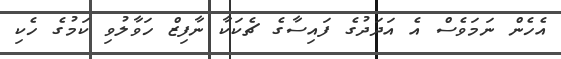
އެހެން ނަމަވެސް އެ އަދަދުގެ ފައިސާގެ ޗެކަކާ ނާފިޒް ހަވާލުވި ކަމުގެ ހެކި